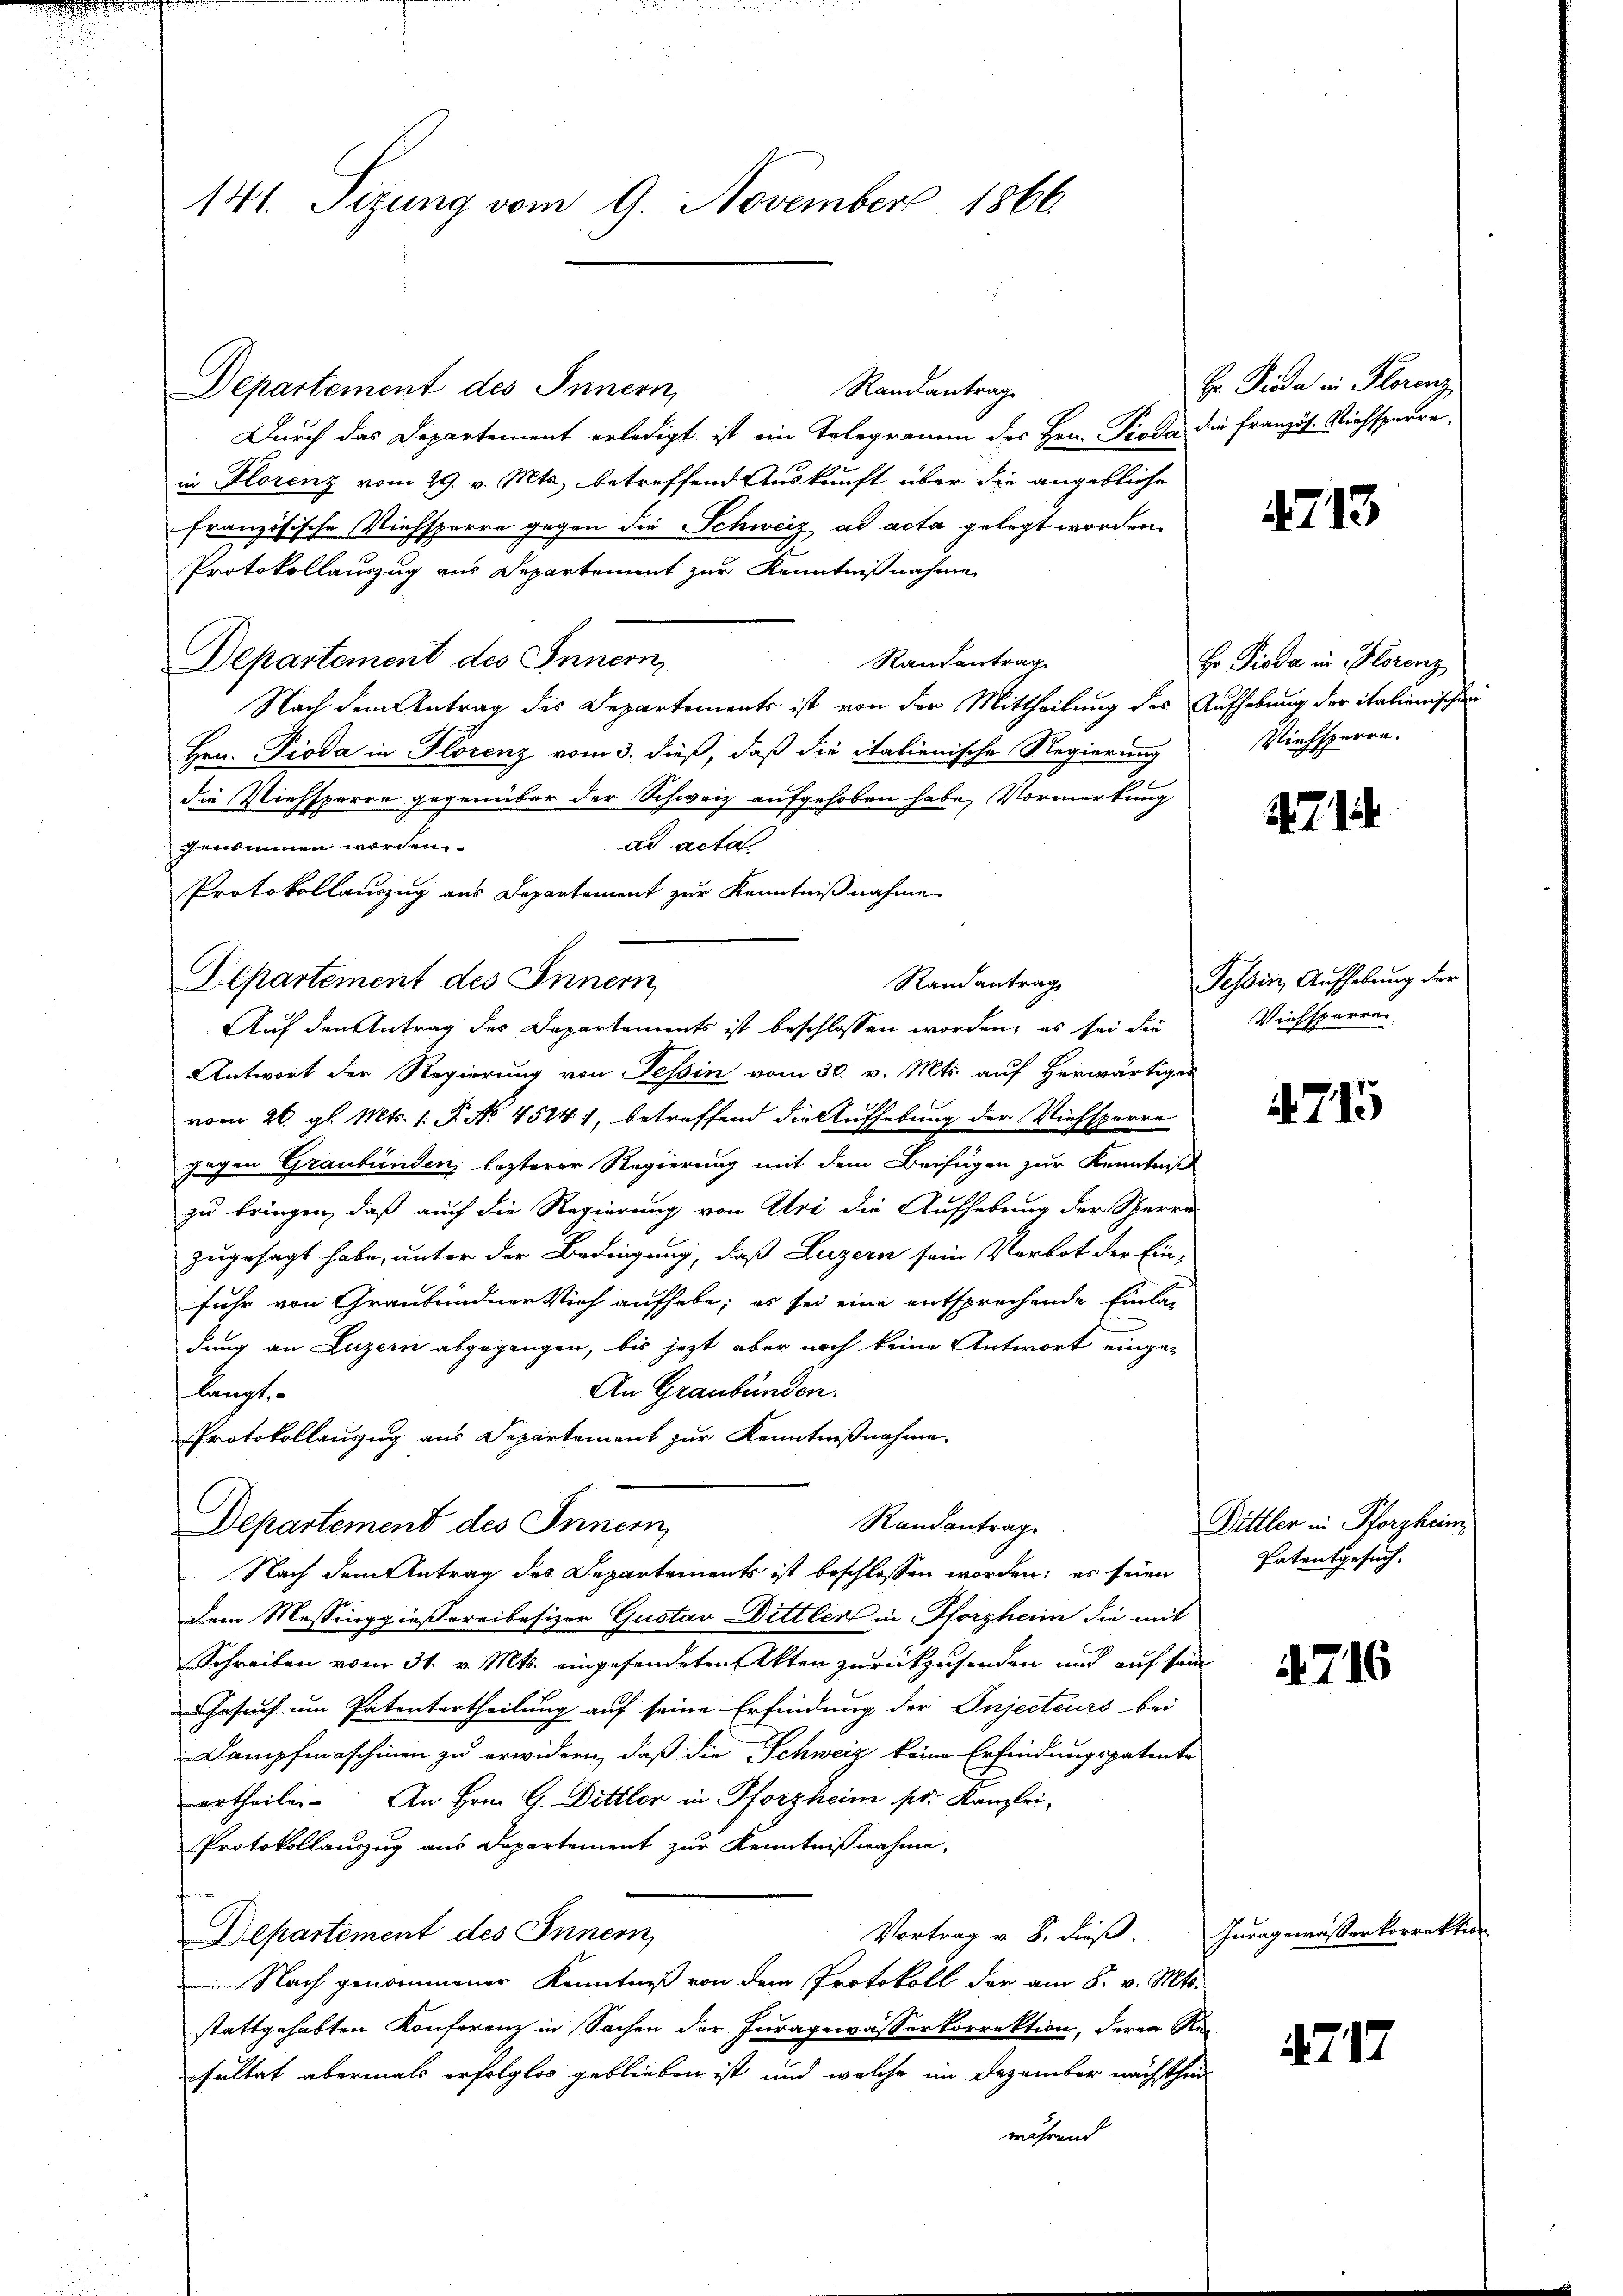
141. Sizung vom 9. November 1866.

Departement des Innern,
Durch das Departement erledigt ist ein Telegramm des Hrn. Pioda die französ. Viehsperre
in Florenz vom 29. v. Mts., betreffend Auskunft über die angebliche
französische Viehsperre gegen die Schweiz ad acta gelegt worden.
Protokollauszug aus Departement zur Kenntnißnahme
Departement des Innern,
Randantrag
Nach dem Antrag des Departements ist von der Mittheilung des Aufhebung der italienischen
Hrn. Pioda in Florenz vom 3. dieß, daß die italienische Regierung
die Viehsperre gegenüber der Schweiz aufgehoben habe, Vormerkung
ad acta
genommen worden.
Protokollauszug aus Departement zur Kenntnißnahme
Departement des Innern
Antwort der Regierung von Tessin vom 30. v. Mts. auf herwärtiges
vom 26. gl. Mts. 1. P. No 45241, betreffend die Aufhebung der Viehsperre
gegen Graubünden, lezterer Regierung mit dem Beifügen zur Kenntniß
zu bringen, daß auch die Regierung von Uri die Aufhebung der Sperra
zugesagt habe, unter der Bedingung, daß Luzern sein Verbot der Ein-
fuhr von Graubündner Vieh aufhabe; es sei eine entsprechende Einladung an Luzern abgegangen, bis jetzt aber noch keine Antwort einge¬
An Graubünden.
langt
Protokollanzug aus Departement zur Kenntnißnahme.
Randantrag
Departement des Innern,
Nach dem Antrag des Departements ist beschlossen worden; es seien
dem Messinggießereibesizer Gustav Dittler in Pforzheim die mit
Schreiben vom 31. v. Mts. eingesendeten Akten zurückzusenden und auf sein
Gesuch um Patentertheilung auf seine Erfindung der Injecteurs bei
Dampfmaschinen zu erwidern, daß die Schweiz keine Erfindungspatente
urtheilen. An Hrn. G. Dittler in Pforzheim pr. Kanzlei-
Protokollauszug aus Departement zur Kenntnißnahme.
Vortrag v. 8. dieß.
Departement des Innern
Nach genommener Kenntniß von dem Protokoll der am 8. v. Mts.
stattgehabten Konferenz in Sachen der Juragewässerkorrektion, deren Ri
sultat abermals erfolglos geblieben ist, und welche im Dezember nächstheiwährend

Randantrag
Auf den Antrag des Departements ist beschlossen worden, es sei die

Randantrag

Hr. Dieda in Florenz

213

Hr. Pioda in Florenz
Viehsperre.

4.7. 14

Tessin, Aufhebung der
Viehsperren

4715

Dittler in Pforzheim
Patentgesuch.

716

Iuragewässerkorrektion

4717